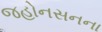
જહોનસનના